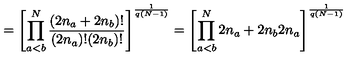
= \left[ \prod _ { a < b } ^ { N } \frac { ( 2 n _ { a } + 2 n _ { b } ) ! } { ( 2 n _ { a } ) ! ( 2 n _ { b } ) ! } \right] ^ { \frac { 1 } { q ( N - 1 ) } } = \left[ \prod _ { a < b } ^ { N } { \binom { 2 n _ { a } + 2 n _ { b } } { 2 n _ { a } } } \right] ^ { \frac { 1 } { q ( N - 1 ) } }